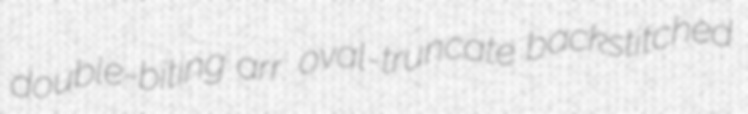
double-biting arr. oval-truncate backstitched